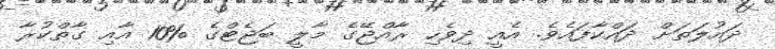
ދައުލަތަށް ދައްކާފައެވެ. އެއީ ދިވެހި ރާއްޖޭގެ މާލީ ބަޖެޓްގެ %10 އާއި ގާތްކުރާ